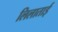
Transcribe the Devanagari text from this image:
लिलाताई